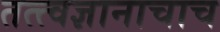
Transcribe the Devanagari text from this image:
तत्त्वज्ञानाचाच